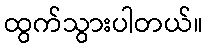
ထွက်သွားပါတယ်။